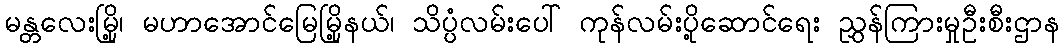
မန္တလေးမြို့၊ မဟာအောင်မြေမြို့နယ်၊ သိပ္ပံလမ်းပေါ် ကုန်လမ်းပို့ဆောင်ရေး ညွှန်ကြားမှုဦးစီးဌာန